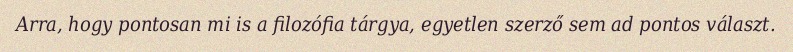
Arra, hogy pontosan mi is a filozófia tárgya, egyetlen szerző sem ad pontos választ.